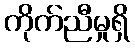
ကိုက်ညီမှုရှိ